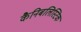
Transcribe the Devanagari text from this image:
कैनिबलिस्टिक